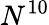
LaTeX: N^{10}